DOW-UAP-D49, Launch Summary, Vandenberg AFB, 2000
Agency: Department of War
Incident date: 2/3/00
Page 47
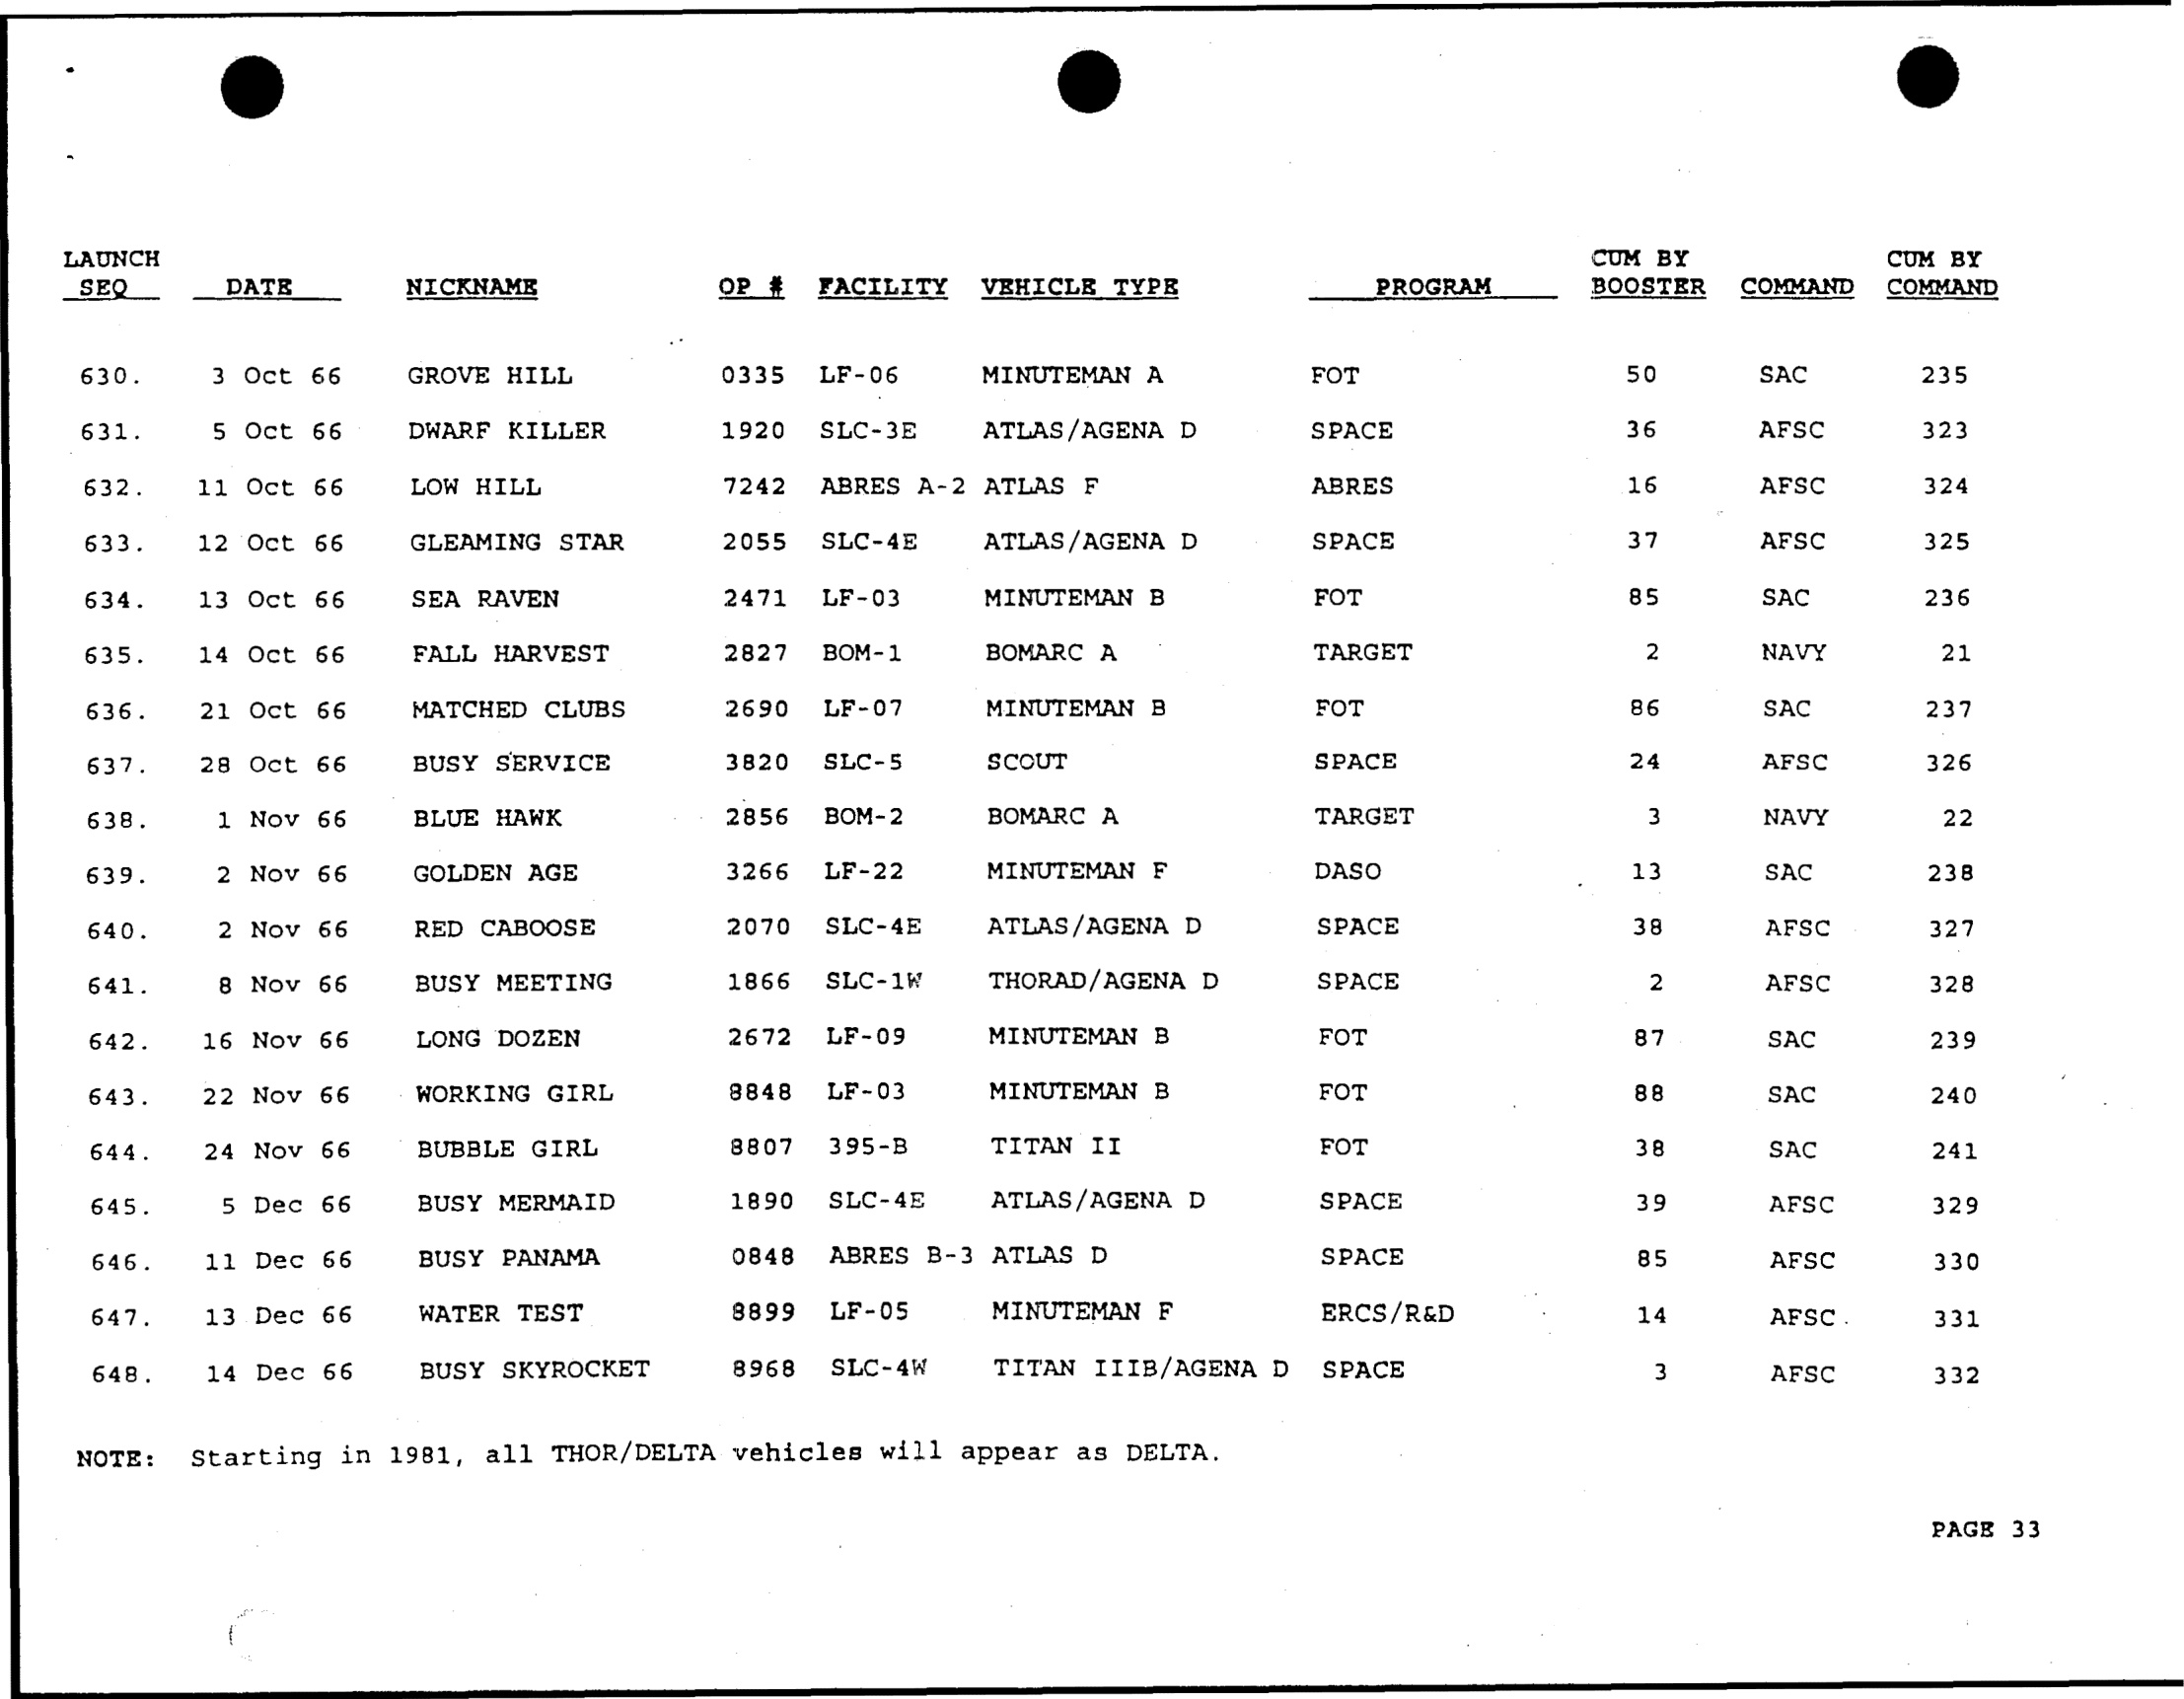